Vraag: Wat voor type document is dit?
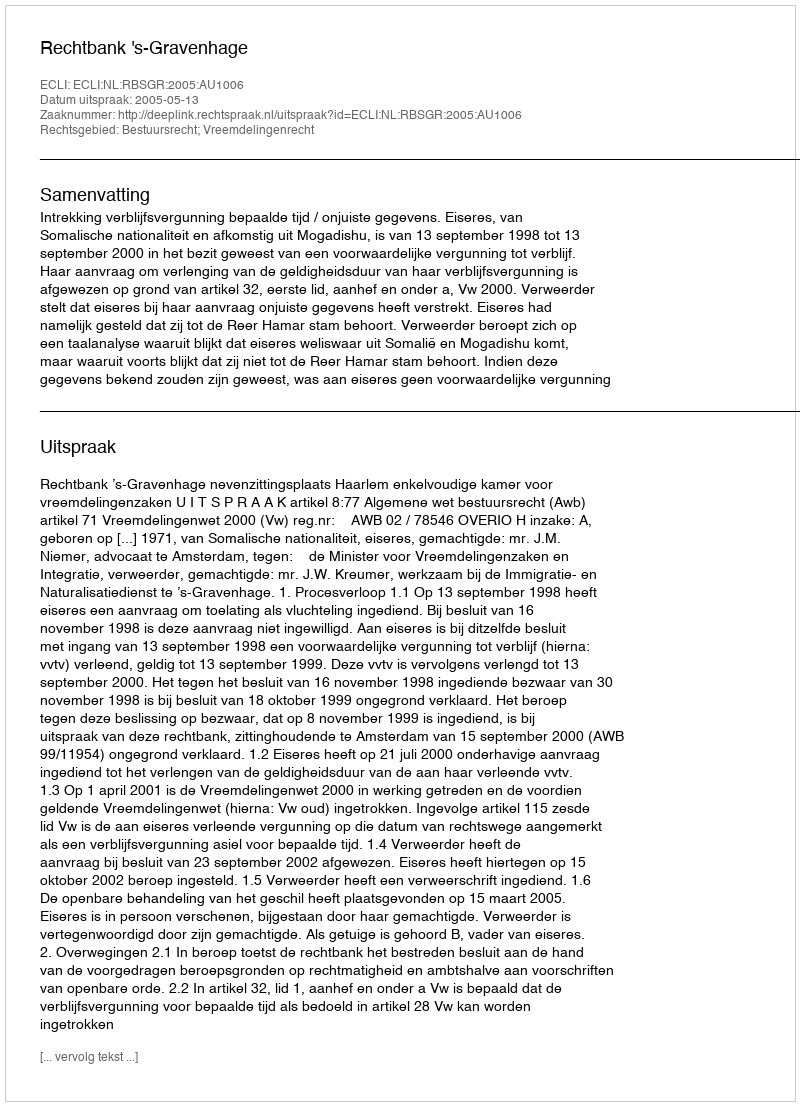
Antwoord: Uitspraak